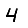
Digit: 4